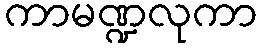
ကာမဏ္ဍလုကာ